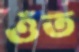
ওঁত